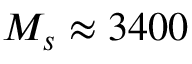
M _ { s } \approx 3 4 0 0